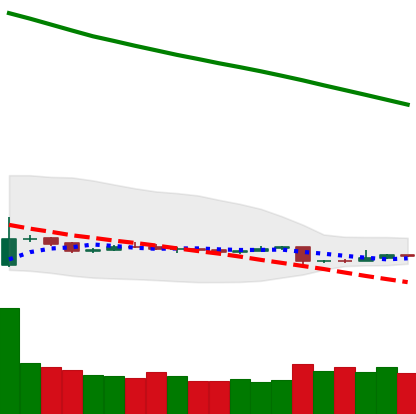
Ticker: ETH-USD
Chart end date: 2018-11-03
Forward return: 6.017%
Label: up_5_7